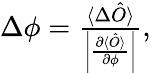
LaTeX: \begin{array}{r}{\Delta\phi=\frac{\langle\Delta\hat{O}\rangle}{\left|\frac{\partial\langle\hat{O}\rangle}{\partial\phi}\right|},}\end{array}